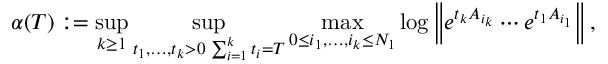
\alpha ( T ) : = \operatorname* { s u p } _ { k \geq 1 } \operatorname* { s u p } _ { \substack { t _ { 1 } , \ldots , t _ { k } > 0 \, \sum _ { i = 1 } ^ { k } t _ { i } = T } } \operatorname* { m a x } _ { 0 \leq i _ { 1 } , \ldots , i _ { k } \leq N _ { 1 } } \log \left\| e ^ { t _ { k } A _ { i _ { k } } } \cdots e ^ { t _ { 1 } A _ { i _ { 1 } } } \right\| ,